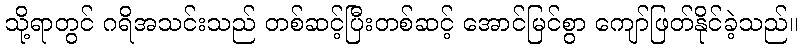
သို့ရာတွင် ဂရိအသင်းသည် တစ်ဆင့်ပြီးတစ်ဆင့် အောင်မြင်စွာ ကျော်ဖြတ်နိုင်ခဲ့သည်။